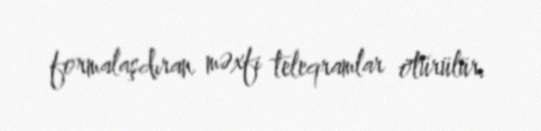
formalaşdıran məxfi teleqramlar ötürülür.